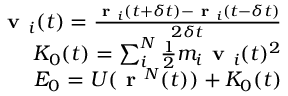
\begin{array} { r } { \textbf { v } _ { i } ( t ) = \frac { \textbf { r } _ { i } ( t + \delta t ) - \textbf { r } _ { i } ( t - \delta t ) } { 2 \delta t } } \\ { K _ { 0 } ( t ) = \sum _ { i } ^ { N } \frac { 1 } { 2 } m _ { i } \textbf { v } _ { i } ( t ) ^ { 2 } } \\ { E _ { 0 } = U ( \textbf { r } ^ { N } ( t ) ) + K _ { 0 } ( t ) } \end{array}